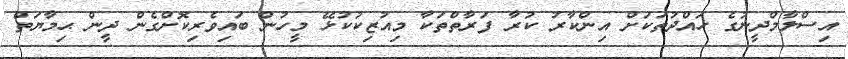
އިސްލާމްދީނުގެ ހައްދުތަކަށް އިންކާރު ކުރާ ފަރާތްތަކާ މިއުޒިކުކުޅޭ މީހުން ބައިވެރިކޮށްގެން ދީން ޙިމާޔަތް